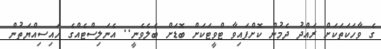
ގެ ވާހަކަތަކަށް ރައްދު ދެމުން ކޮށްފައިވާ ޓްވީޓަކަށް ބޮޑަށް ބެލެވެނީ.. އެނަލިސްޓެއްގެ ހައިސިއްޔަތުން